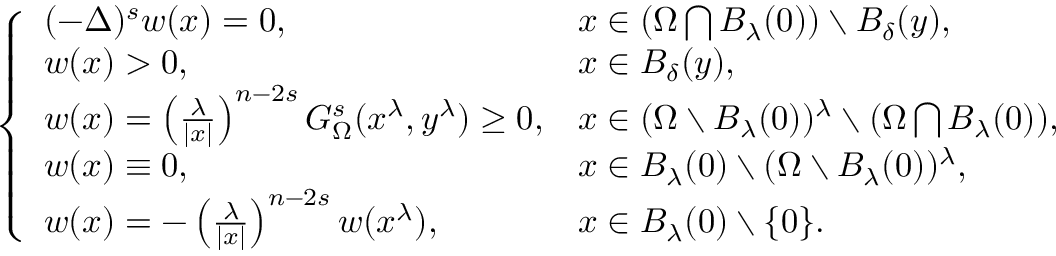
\left\{ \begin{array} { l l } { ( - \Delta ) ^ { s } w ( x ) = 0 , \ \ \ \ } & { x \in \left( \Omega \bigcap B _ { \lambda } ( 0 ) \right) \setminus B _ { \delta } ( y ) , } \\ { w ( x ) > 0 , } & { x \in B _ { \delta } ( y ) , } \\ { w ( x ) = \left( \frac { \lambda } { | x | } \right) ^ { n - 2 s } G _ { \Omega } ^ { s } ( x ^ { \lambda } , y ^ { \lambda } ) \geq 0 , } & { x \in ( \Omega \setminus B _ { \lambda } ( 0 ) ) ^ { \lambda } \setminus ( \Omega \bigcap B _ { \lambda } ( 0 ) ) , } \\ { w ( x ) \equiv 0 , } & { x \in B _ { \lambda } ( 0 ) \setminus ( \Omega \setminus B _ { \lambda } ( 0 ) ) ^ { \lambda } , } \\ { w ( x ) = - \left( \frac { \lambda } { | x | } \right) ^ { n - 2 s } w ( x ^ { \lambda } ) , } & { x \in B _ { \lambda } ( 0 ) \setminus \{ 0 \} . } \end{array} \right.